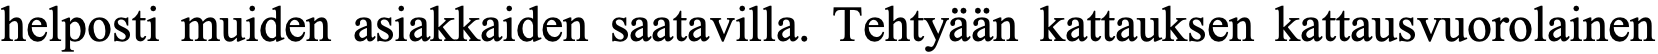
helposti muiden asiakkaiden saatavilla. Tehtyään kattauksen kattausvuorolainen